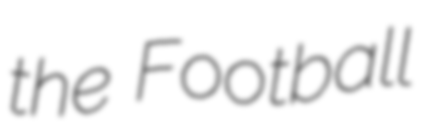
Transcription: the Football